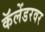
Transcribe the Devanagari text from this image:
कॅलेंडरवर